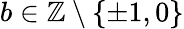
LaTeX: b\in\mathbb{Z}\setminus\{ \pm 1,0\}